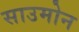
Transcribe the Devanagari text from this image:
साउमोन